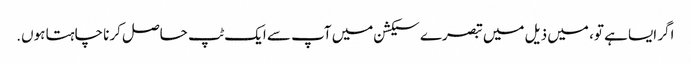
اگر ایسا ہے تو، میں ذیل میں تبصرے سیکشن میں آپ سے ایک ٹپ حاصل کرنا چاہتا ہوں.